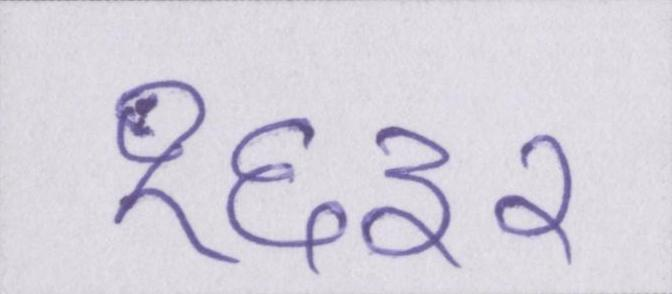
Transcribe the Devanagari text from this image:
१६३२